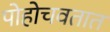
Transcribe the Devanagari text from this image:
पोहोचवतात